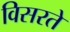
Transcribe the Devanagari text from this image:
विसरते